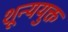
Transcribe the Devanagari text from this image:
शून्ययुक्त